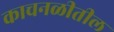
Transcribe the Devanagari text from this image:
काचनळीतील